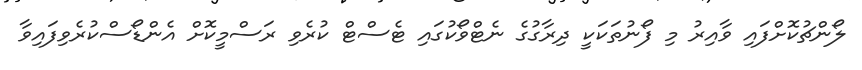
ލޯންޗުކޮށްފައި ވާއިރު މި ފޯނުތަކަކީ ދިރާގުގެ ނެޓްވޯކުގައި ޓެސްޓް ކުރެވި ރަސްމީކޮށް އެންޑޯސްކުރެވިފައިވާ